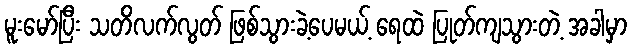
မူးမော်ပြီး သတိလက်လွတ် ဖြစ်သွားခဲ့ပေမယ့် ရေထဲ ပြုတ်ကျသွားတဲ့ အခါမှာ